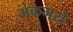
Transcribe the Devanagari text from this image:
मकमरो